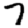
Digit: 7